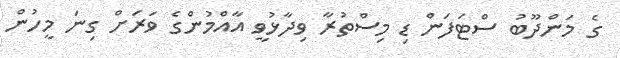
ގެ މަންދޫބު ސްޓަފަން ޑި މިސްތުރާ ވިދާޅުވީ އާއްމުންގެ ވަރަށް ގިނަ މީހުން